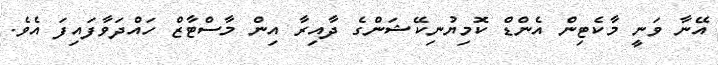
އޭނާ ވަނީ މާކެޓިން އެންޑް ކޮމިޔުނިކޭޝަންގެ ދާއިރާ އިން މާސްޓާޒް ހައްދަވާފައިފަ އެވެ.